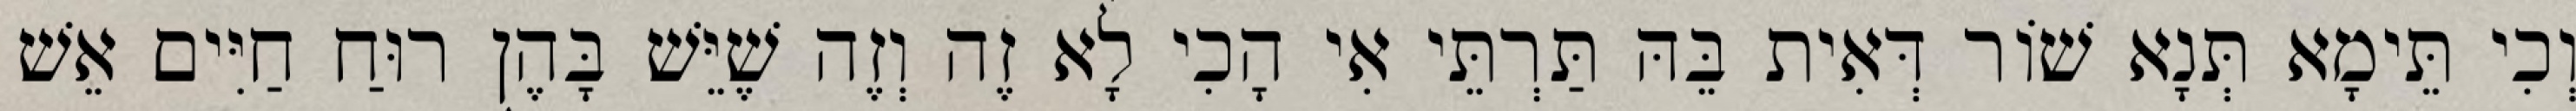
וְכִי תֵּימָא תְּנָא שׁוֹר דְּאִית בֵּהּ תַּרְתֵּי אִי הָכִי לָא זֶה וְזֶה שֶׁיֵּשׁ בָּהֶן רוּחַ חַיִּים אֵשׁ